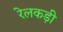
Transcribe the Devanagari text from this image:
रेलकड़ी